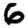
Digit: 6